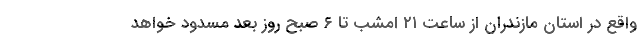
واقع در استان مازندران از ساعت ۲۱ امشب تا ۶ صبح روز بعد مسدود خواهد